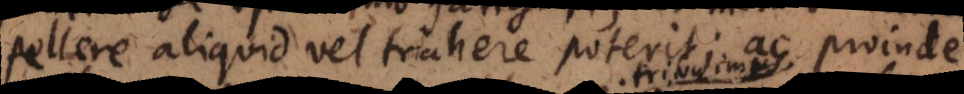
pellere aliquid vel trahere poterit; ac proinde